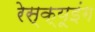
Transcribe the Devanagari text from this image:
रेस्‍क्‍यूइंग